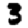
Digit: 3